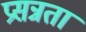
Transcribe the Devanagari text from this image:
प्रसन्नतां